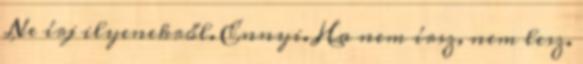
Ne írj ilyenekről. Ennyi. Ha nem írsz, nem lesz.